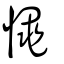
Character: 憴